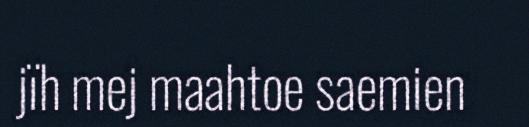
jïh mej maahtoe saemien